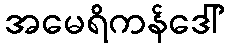
အမေရိကန်ဒေါ်